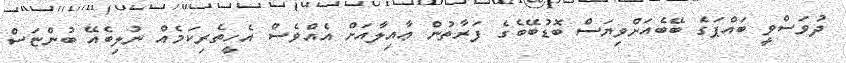
ދުވަސްވީ ބައްޕަގެ ބޭބެއަށްވިޔަސް ބޮޑުބޭބެގެ ފަރާތުން ޢާއިލާއަށް އެއްވެސް އެހީތެރިކަމެއް ނުލިބެއޭ ބުންޏަސް